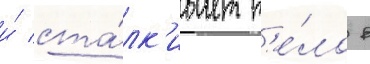
и́ ста́лк'ивает т'е́ло в